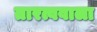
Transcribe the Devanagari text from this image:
तारत्ववाला